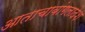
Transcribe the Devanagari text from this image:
आताचाबांगलादेश